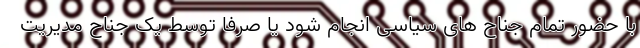
با حضور تمام جناح های سیاسی انجام شود یا صرفا توسط یک جناح مدیریت